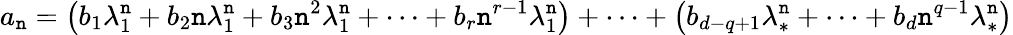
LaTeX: a_{\mathtt{n}}=\left(b_{1}\lambda_{1}^{\mathtt{n}}+b_{2}\mathtt{n}\lambda_{1}^{\mathtt{n}}+b_{3}\mathtt{n}^{2}\lambda_{1}^{\mathtt{n}}+\cdots+b_{r}\mathtt{n}^{r-1}\lambda_{1}^{\mathtt{n}}\right)+\cdots+\left(b_{d-q+1}\lambda_{*}^{\mathtt{n}}+\cdots+b_{d}\mathtt{n}^{q-1}\lambda_{*}^{\mathtt{n}}\right)